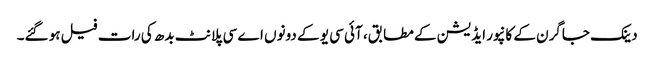
دینک جاگرن کے کانپور ایڈیشن کے مطابق، آئی سی یو کے دونوں اے سی پلانٹ بدھ کی رات فیل ہو گئے۔